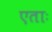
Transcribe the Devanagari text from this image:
एताः